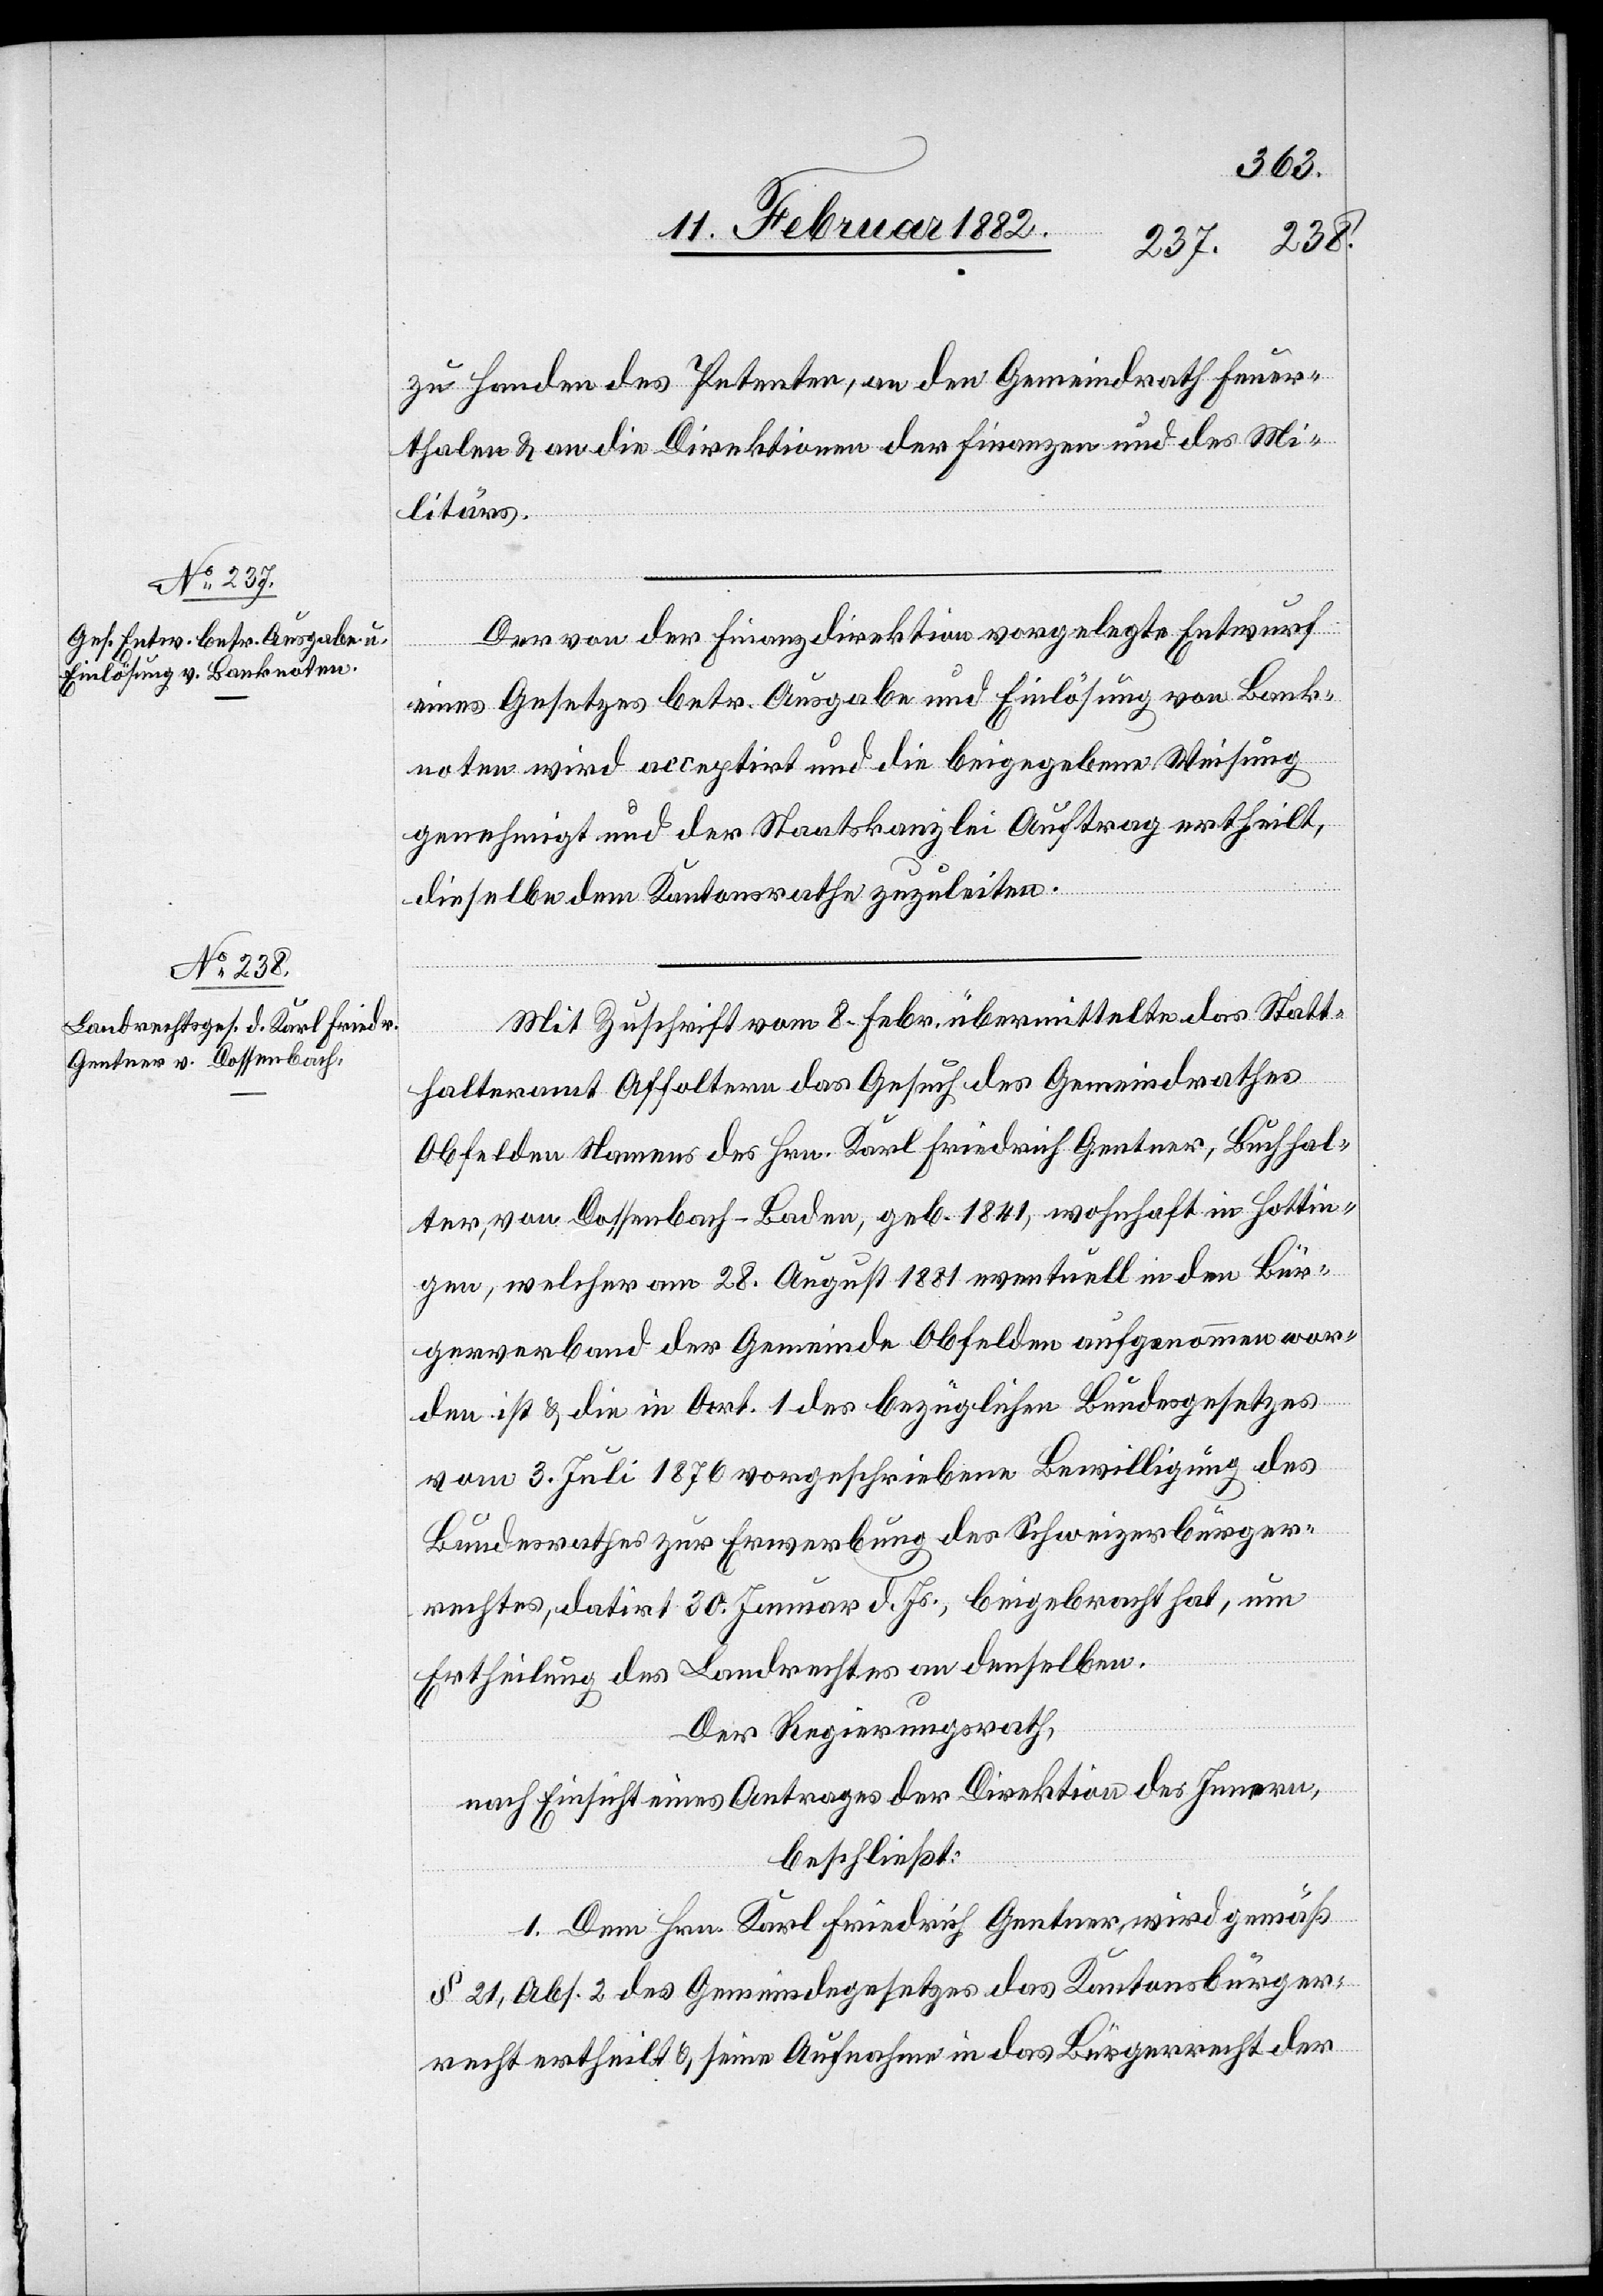
zu Handen des Petenten, an den Gemeindrath Feuer¬
thalen & an die Direktion der Finanzen und des Mi¬
litärs.
Der von der Finanzdirektion vorgelegte Entwurf
eines Gesetzes betr. Ausgabe und Einlösung von Bank¬
noten wird acceptirt und die beigegebene Weisung
genehmigt und der Staatskanzlei Auftrag ertheilt,
dieselben dem Kantonsrathe zuzuleiten.
Mit Zuschrift vom 8. Febr. übermittelte das Statt¬
halteramt Affoltern das Gesuch des Gemeindrathes
Obfelden Namens des Hrn. Karl Friedrich Gentner, Buchhal¬
ter, von Dossenbach - Baden, geb. 1841, wohnhaft in Hottin¬
gen, welcher am 28. August 1881 eventuell in den Bür¬
gerverband der Gemeinde Obfelden aufgenommen wor¬
den ist & die in Art. 1 des bezüglichen Bundesgesetzes
vom 3. Juli 1876 vorgeschriebene Bewilligung des
Bundesrathes zur Erwerbung des Schweizerbürger¬
rechtes, datirt 30. Januar d. Js., beigebracht hat, um
Ertheilung des Landrechtes an denselben.
Der Regierungsrath,
nach Einsicht eines Antrages der Direktion des Innern,
beschließt:
1. Dem Hrn. Karl Friedrich Gentner wird gemäß
§ 21, Abs. 2 des Gemeindegesetzes das Kantonsbürger¬
recht ertheilt & seine Aufnahme in das Bürgerrecht der